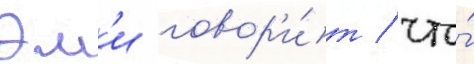
Эм'и говор'и́т / что́